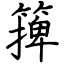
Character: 篺